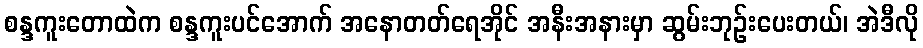
စန္ဒကူးတောထဲက စန္ဒကူးပင်အောက် အနောတတ်ရေအိုင် အနီးအနားမှာ ဆွမ်းဘုဉ်းပေးတယ်၊ အဲဒီလို